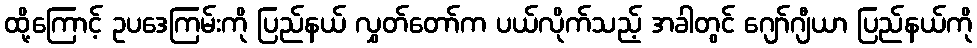
ထို့ကြောင့် ဥပဒေကြမ်းကို ပြည်နယ် လွှတ်တော်က ပယ်လိုက်သည့် အခါတွင် ဂျော်ဂျီယာ ပြည်နယ်ကို